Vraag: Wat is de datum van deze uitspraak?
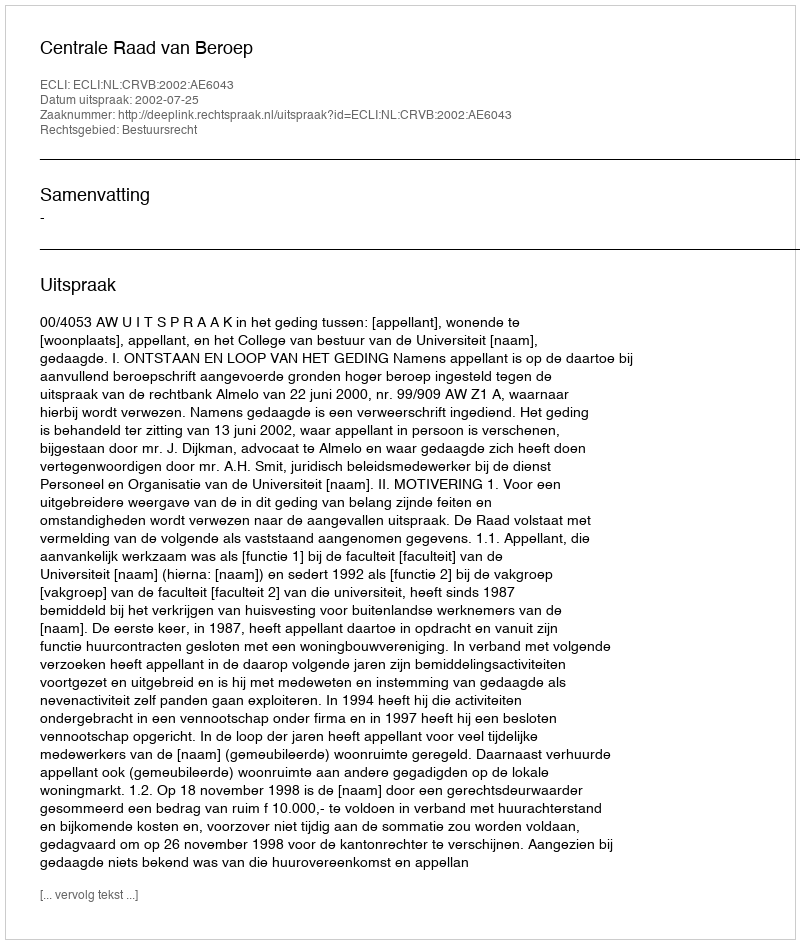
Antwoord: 2002-07-25